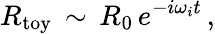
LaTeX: R_{\mathrm{toy}}\, \sim\, R_{0}\, e^{-i\omega_{i}t}\, ,